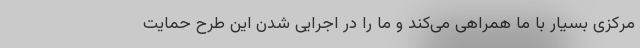
مرکزی بسیار با ما همراهی می‌کند و ما را در اجرایی شدن این طرح حمایت